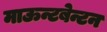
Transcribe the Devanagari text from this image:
माऊन्टबेन्टन